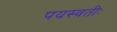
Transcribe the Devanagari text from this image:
पयस्वतीः